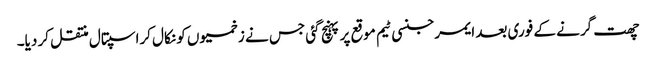
چھت گرنے کے فوری بعد ایمرجنسی ٹیم موقع پر پہنچ گئی جس نے زخمیوں کو نکال کراسپتال منتقل کر دیا۔